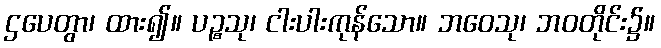
ဌပေတွာ၊ ထား၍။ ပဉ္စသု၊ ငါးပါးကုန်သော။ ဘဝေသု၊ ဘဝတိုင်း၌။